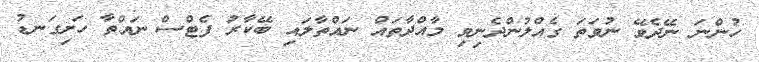
ހުންނަ ނޭދެވޭ ނުވަތަ ގެއްލުންދެނިވި މާއްދާތައް ނައްތާލައި ބޭކާރު ފެޓްސް ނައްތާ ހަށިގަނޑު